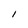
Character: 1